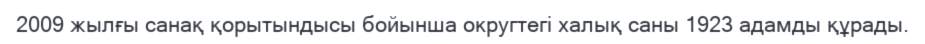
2009 жылғы санақ қорытындысы бойынша округтегі халық саны 1923 адамды құрады.